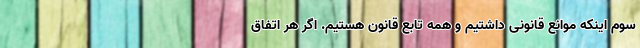
سوم اینکه موانع قانونی داشتیم و همه تابع قانون هستیم. اگر هر اتفاق